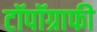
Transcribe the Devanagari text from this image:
टॉपॉग्राफी